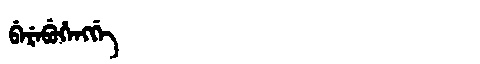
Manchu: ᠪᡝᡵᡝᠪᡠᡥᡝᠩᡤᡝ
Romanization: BEREBUHENGGE